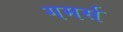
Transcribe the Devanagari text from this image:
गमर्स